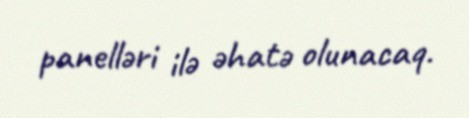
panelləri ilə əhatə olunacaq.